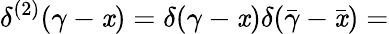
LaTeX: \delta^{(2)}(\gamma-\mathit{x})=\delta(\gamma-\mathit{x})\delta(\bar{{\gamma}}-\bar{{\mathit{x}}})=